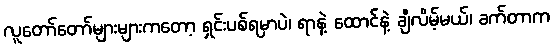
လူတော်တော်များများကတော့ ရှင်းပစ်ရမှာပဲ၊ ရာနဲ့ ထောင်နဲ့ ချီလိမ့်မယ်၊ ခက်တာက